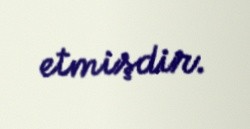
etmişdir.